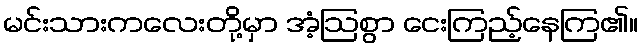
မင်းသားကလေးတို့မှာ အံ့ဩစွာ ငေးကြည့်နေကြ၏။